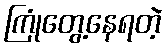
ကြုံတွေ့နေရတဲ့